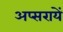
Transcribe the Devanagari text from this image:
अप्सरायें